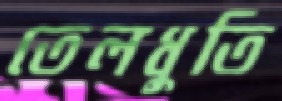
তেলধুতি